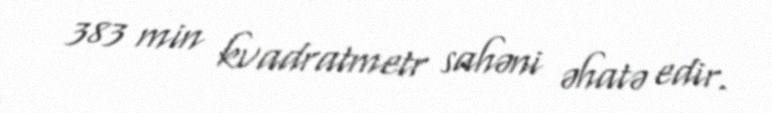
383 min kvadratmetr sahəni əhatə edir.